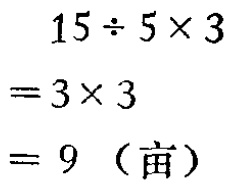
\[
\begin{align*}
15\div5\times3&\\
=3\times3&\\
=9\ (\text{亩})&
\end{align*}
\]